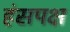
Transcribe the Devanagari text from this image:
हंसपक्ष